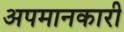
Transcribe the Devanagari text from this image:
अपमानकारी